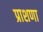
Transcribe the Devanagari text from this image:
प्राशणा